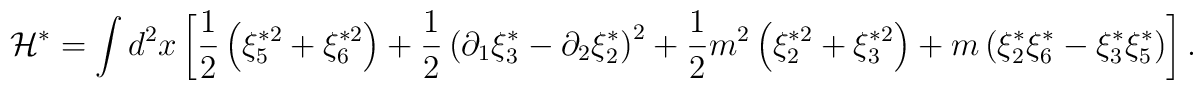
\mathcal{H}^{\ast }=\int d^{2}x\left[ \frac{1}{2}\left( \xi _{5}^{\ast2}+\xi _{6}^{\ast 2}\right) +\frac{1}{2}\left( \partial _{1}\xi _{3}^{\ast}-\partial _{2}\xi _{2}^{\ast }\right) ^{2}+\frac{1}{2}m^{2}\left( \xi_{2}^{\ast 2}+\xi _{3}^{\ast 2}\right) +m\left( \xi _{2}^{\ast }\xi_{6}^{\ast }-\xi _{3}^{\ast }\xi _{5}^{\ast }\right) \right] .